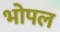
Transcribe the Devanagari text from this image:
भोपल